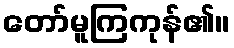
တော်မူကြကုန်၏။